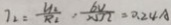
7 _ { 2 } = \frac { U _ { 2 } } { R _ { 2 } } , \frac { 6 v } { N \Omega } = 0 . 2 4 A